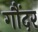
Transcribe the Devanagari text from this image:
गौंदर